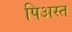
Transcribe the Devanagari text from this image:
पिअस्त